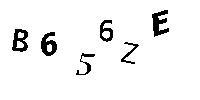
B656ZE